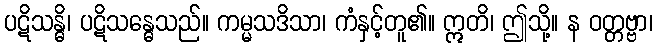
ပဋိသန္ဓိ၊ ပဋိသန္ဓေသည်။ ကမ္မသဒိသာ၊ ကံနှင့်တူ၏။ ဣတိ၊ ဤသို့။ န ဝတ္တဗ္ဗာ၊